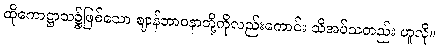
ထိုကောဋ္ဌာသ၌ဖြစ်သော ဈာန်ဘာဝနာတို့ကိုလည်းကောင်း သိအပ်သတည်း ဟူလို။